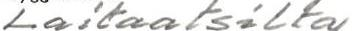
Laitaatsilta